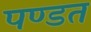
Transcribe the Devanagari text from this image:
पण्डत